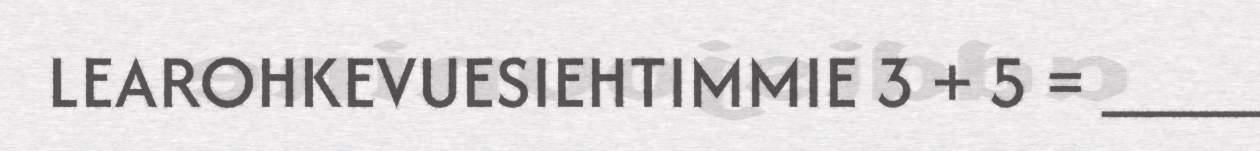
LEAROHKEVUESIEHTIMMIE 3 + 5 = ____